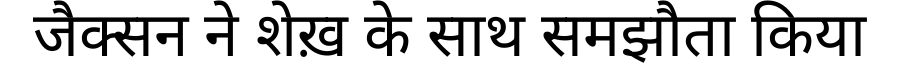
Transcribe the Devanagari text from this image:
जैक्सन ने शेख़ के साथ समझौता किया